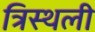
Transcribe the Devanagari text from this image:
त्रिस्थली